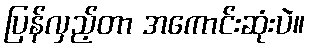
ပြန်လှည့်တာ အကောင်းဆုံးပဲ။